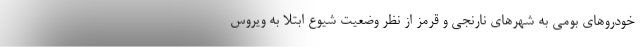
خودروهای بومی به شهرهای نارنجی و قرمز از نظر وضعیت شیوع ابتلا به ویروس